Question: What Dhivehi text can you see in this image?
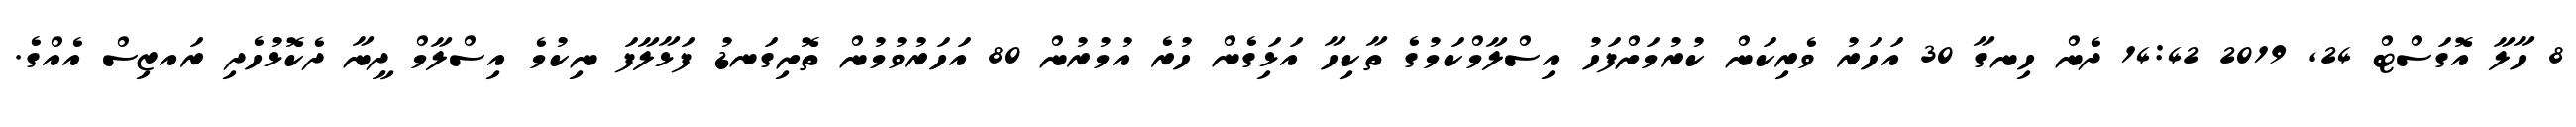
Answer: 8 ހާލާ އޮގަސްޓް 24, 2019 14:42 ދެން ހިނގާ 30 އަހަރު ވެރިކަން ކުރުމަށްފަހު އިސްލާމްކަމުގެ ތާކިހާ އަޅަިގެން ހުރެ އުމުރުން 80 އަހަރުވުމުން ތޮށިގަނޑު ފަޅާލާފަ ނިކުމެ އިސްލާމް ދީނާ ދެކޮޅުހެދި ރައޒިސް އެއްގެ.